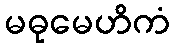
မဓုမေဟိကံ